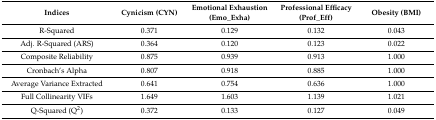
| Indices | Cynicism (CYN) | Emotional Exhaustion (Emo_Exha) | Professional Efficacy (Prof_Eff) | Obesity (BMI) |
 | --- | --- | --- | --- | --- |
 | R-Squared | 0.371 | 0.129 | 0.132 | 0.043 |
 | Adj. R-Squared (ARS) | 0.364 | 0.120 | 0.123 | 0.022 |
 | Composite Reliability | 0.875 | 0.939 | 0.913 | 1.000 |
 | Cronbach’s Alpha | 0.807 | 0.918 | 0.885 | 1.000 |
 | Average Variance Extracted | 0.641 | 0.754 | 0.636 | 1.000 |
 | Full Collinearity VIFs | 1.649 | 1.603 | 1.139 | 1.021 |
 | Q-Squared (Q2) | 0.372 | 0.133 | 0.127 | 0.049 |